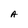
Character: A